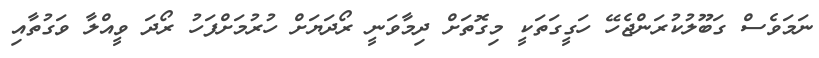
ނަމަވެސް ގަބޫލުކުރަންޖެހޭ ހަގީގަތަކީ މިގޮތަށް ދިމާވަނީ ރޯދަޔަށް ހުރުމަށްފަހު ރޯދަ ވީއްލާ ވަގުތާއި